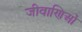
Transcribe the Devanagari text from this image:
जीवाणिओं